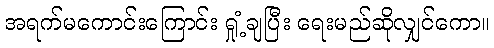
အရက်မကောင်းကြောင်း ရှုံ့ချပြီး ရေးမည်ဆိုလျှင်ကော။